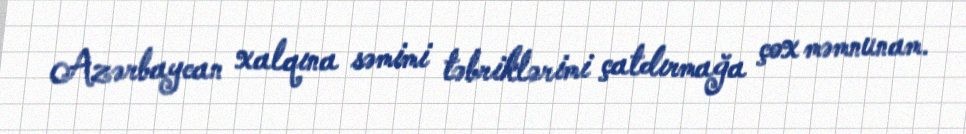
Azərbaycan xalqına səmimi təbriklərimi çatdırmağa çox məmnunam.